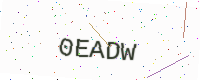
Text: 0EADW